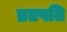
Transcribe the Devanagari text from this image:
व्रतपति